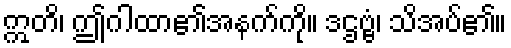
ဣတိ၊ ဤဂါထာ၏အနက်ကို။ ဒဌဗ္ဗံ၊ သိအပ်၏။